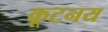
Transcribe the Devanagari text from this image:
कूटनय